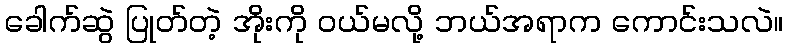
ခေါက်ဆွဲ ပြုတ်တဲ့ အိုးကို ဝယ်မလို့ ဘယ်အရာက ကောင်းသလဲ။